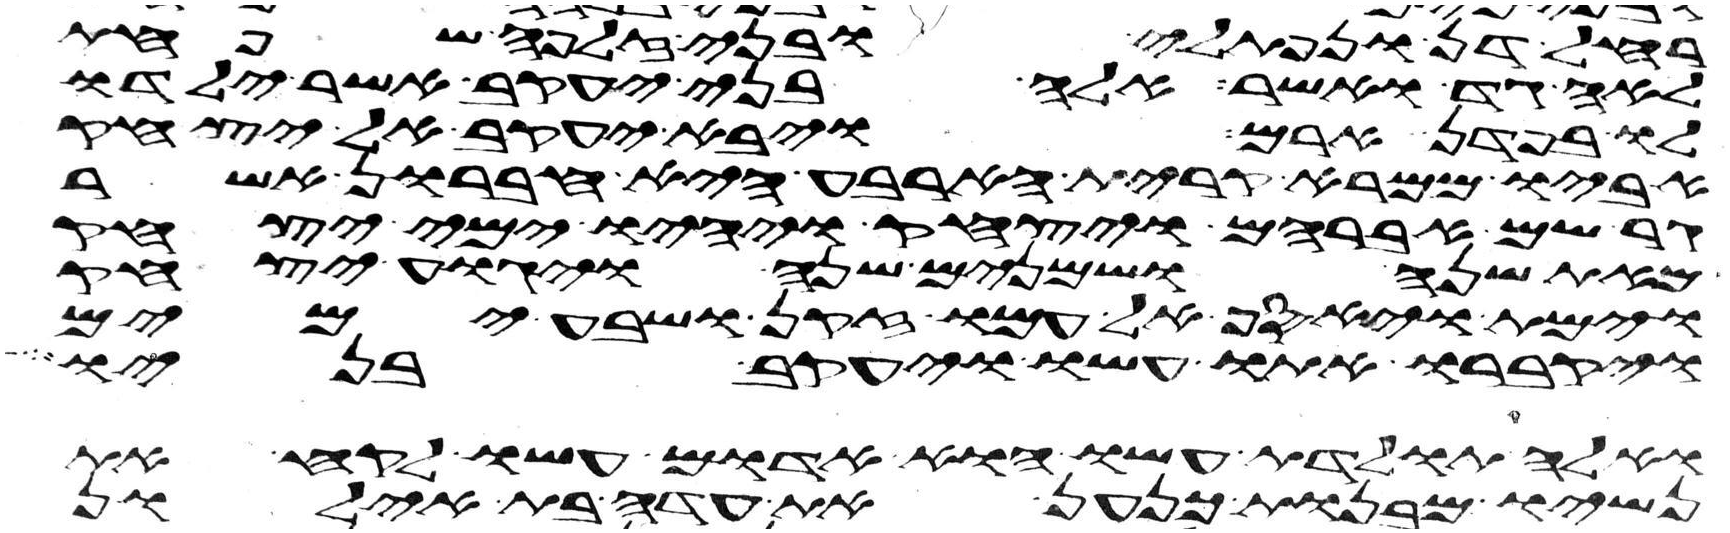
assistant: רחל דן ונפתלי ובני זלפה שפחת
לאה גד ואשר אלה בני יעקב אשר ילדו
לו בפדן ארם ויבא יעקב אל יצחק
אביו ממרא קרית הארבע היא חברון אשר
גר שם אברהם ויצחק ויהיו ימי יצחק
מאת שנה ושמנים שנה ויגוע יצחק
וימת ויאסף אל עמו זקן ושבע ימים
ויקברו אתו עשו ויעקב בניו
ואלה תולדת עשו הוא אדום עשו לקח את
נשיו מבנות כנען את עדה בת אילון